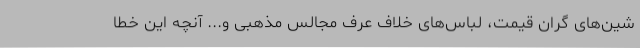
شین‌های گران قیمت، لباس‌های خلاف عرف مجالس مذهبی و... آنچه این خطا